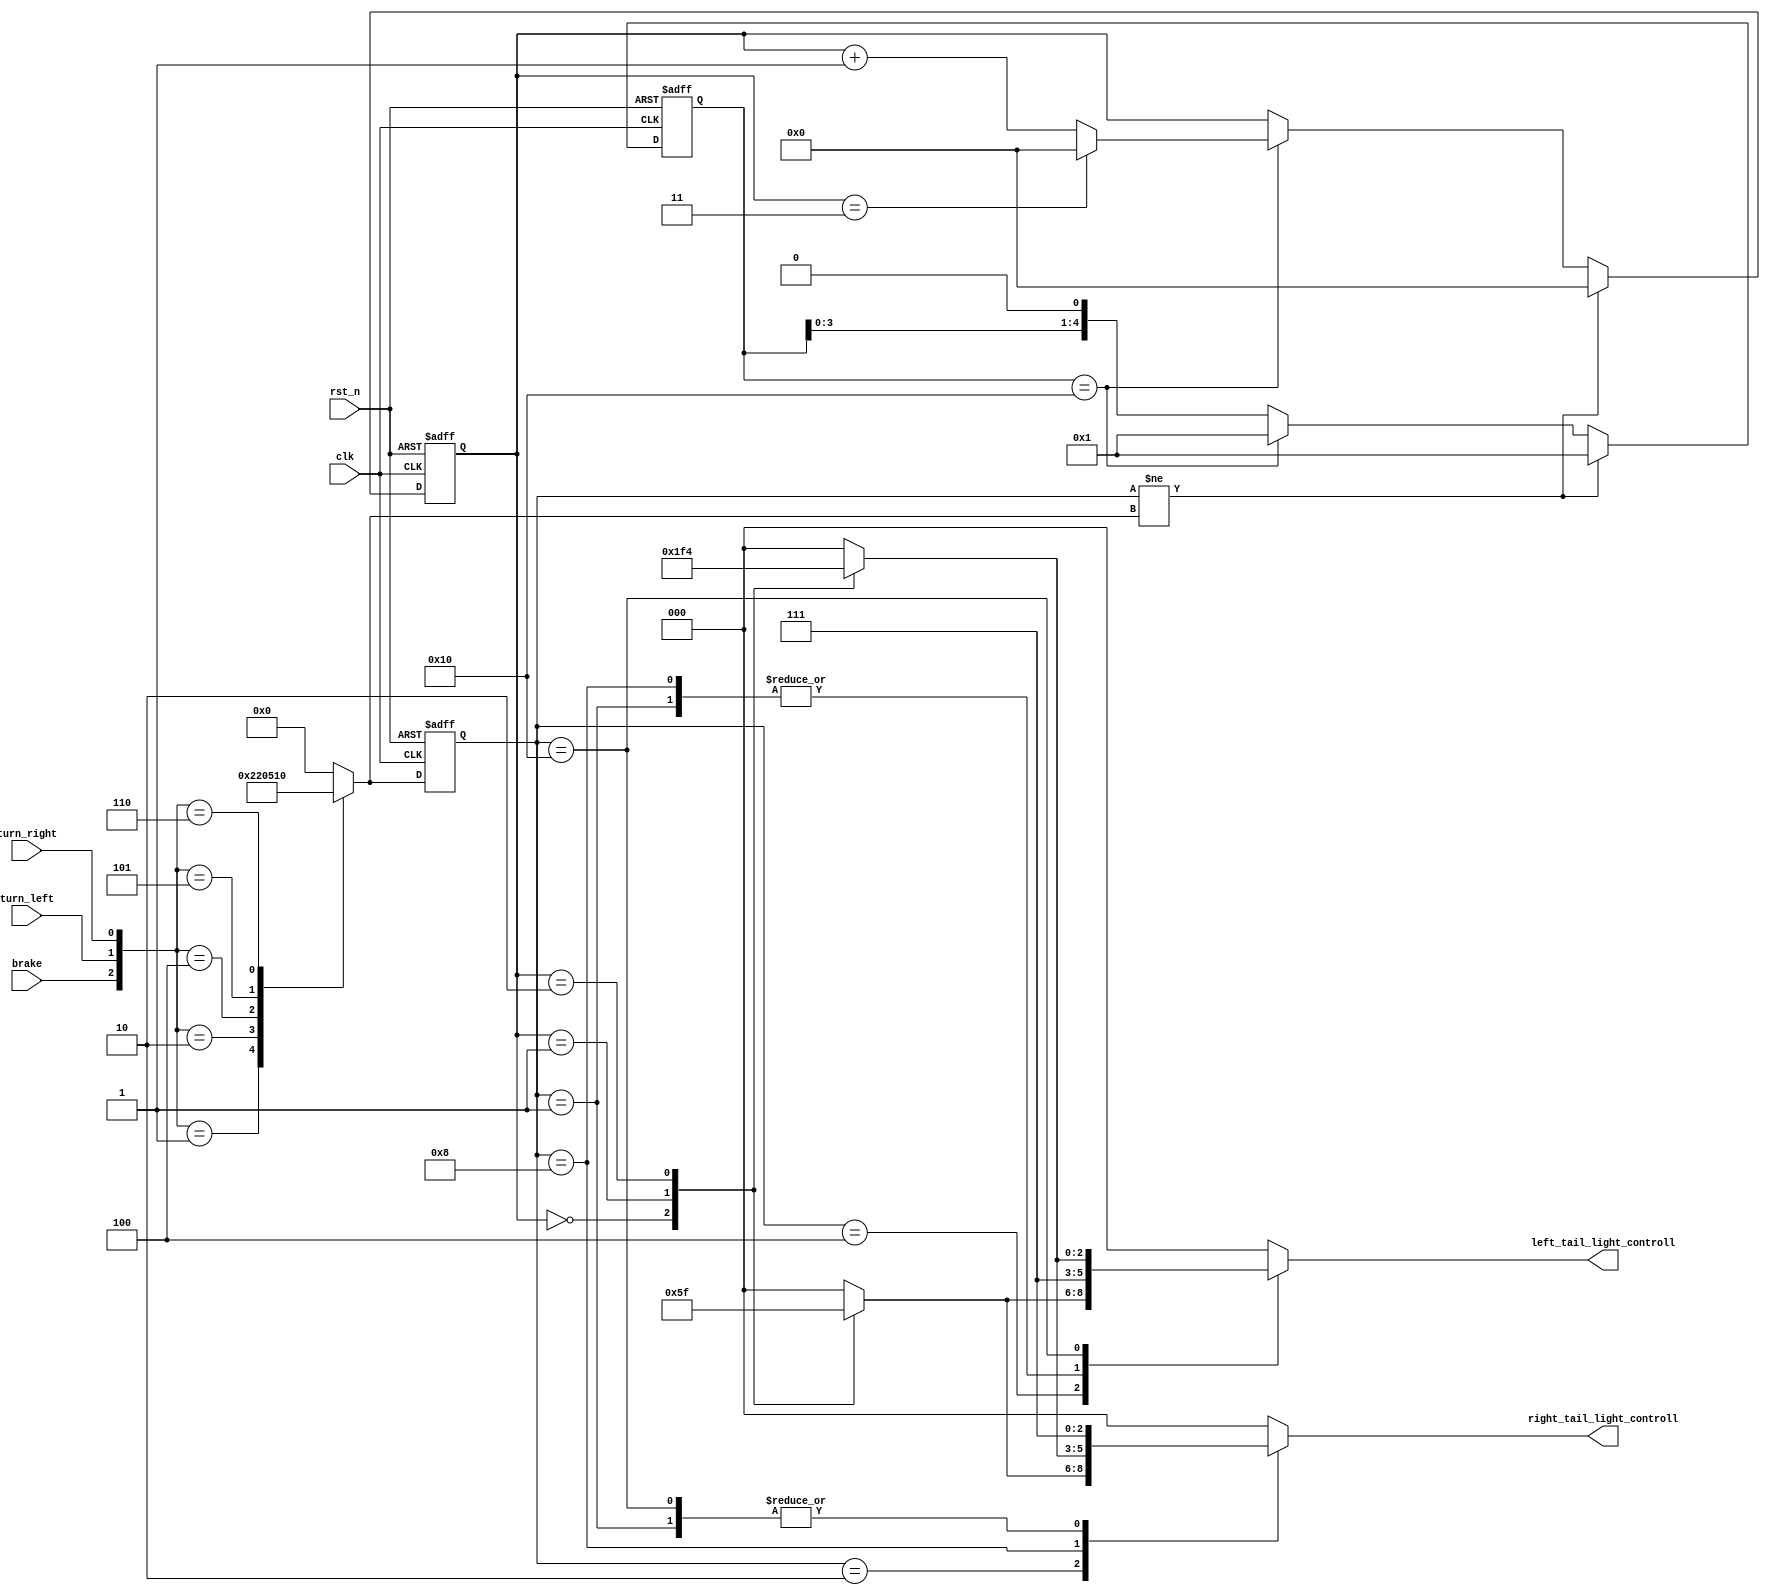
`timescale 1ns / 1ps
//////////////////////////////////////////////////////////////////////////////////
// ECE6213
// Yihui Wang 
// Taillight sequencer
// 
// 
//////////////////////////////////////////////////////////////////////////////////


module tail_light_sequencer (
    input wire clk,
    input wire rst_n,
    input wire brake,
    input wire turn_right,
    input wire turn_left,

    output reg [2:0] right_tail_light_controll = 0,
    output reg [2:0] left_tail_light_controll = 0
);

    // State defination
    parameter idle = 5'b00000;
    parameter brake_only = 5'b00001;
    parameter right_only = 5'b00010;
    parameter left_only = 5'b00100;
    parameter brake_right = 5'b01000;
    parameter brake_left = 5'b10000;

    // State registers
    reg [4:0] state = 0, next = 0;

    // stage and counter registers
    reg [3:0] stage = 4'h0; 
    reg [3:0] next_stage = 4'h0;
    reg [4:0] counter = 5'b00001;
    reg [4:0] counter_next = 5'b00001;

    // State sequential logic
    always @(posedge clk or negedge rst_n) begin
        if (rst_n == 1'b0) begin
            state <= idle;
        end
        else state <= next;
    end

    // State transition logic
    always @(*) begin
        case ({brake,turn_left,turn_right})
            3'b001: next = right_only;
            3'b010: next = left_only;
            3'b100: next = brake_only;
            3'b101: next = brake_right;
            3'b110: next = brake_left;
            default: next = idle;
        endcase
    end

    // Cycle counter
    always @(posedge clk or negedge rst_n) begin
        if (rst_n == 1'b0) begin
            counter <= 5'b00001;
        end
        else begin
            counter <= counter_next;
        end
    end

    always @(*) begin
        if (state != next) begin
            counter_next = 5'b00001;
        end
        else begin
            if (counter == 5'b10000) begin
                counter_next = 5'b00001;
            end
            else begin
                counter_next = counter << 1;
            end
        end
    end

    // Taillight stage counter
    always @(posedge clk or negedge rst_n) begin
        if (rst_n == 1'b0) begin
            stage <= 4'h0;
        end
        else begin
            stage <= next_stage;
        end
    end

    always @(*) begin
        if (state != next) begin
            next_stage = 4'h0;
        end
        else begin
            if (counter == 5'b10000) begin
                if (stage == 4'h3) begin
                    next_stage = 4'h0;
                end
                else begin
                    next_stage = stage + 4'h1;
                end
            end
            else begin
                next_stage = stage;
            end
        end
        
    end
    
    // Light output controll
    always @(*) begin
        
        case (state)

            brake_only: begin
                right_tail_light_controll = 3'b111;
                left_tail_light_controll = 3'b111;
            end

            right_only: begin
                case (stage)
                    4'h0: right_tail_light_controll = 3'b001;
                    4'h1: right_tail_light_controll = 3'b011;
                    4'h2: right_tail_light_controll = 3'b111;
                    4'h3: right_tail_light_controll = 3'b000;
                    default: right_tail_light_controll = 3'b000;
                endcase
                left_tail_light_controll = 3'b000;
            end

            left_only: begin
                case (stage)
                    4'h0: left_tail_light_controll = 3'b001;
                    4'h1: left_tail_light_controll = 3'b011;
                    4'h2: left_tail_light_controll = 3'b111;
                    4'h3: left_tail_light_controll = 3'b000;
                    default: left_tail_light_controll = 3'b000;
                endcase
                right_tail_light_controll = 3'b000;
            end

            brake_right: begin
                case (stage)
                    4'h0: right_tail_light_controll = 3'b111;
                    4'h1: right_tail_light_controll = 3'b110;
                    4'h2: right_tail_light_controll = 3'b100;
                    4'h3: right_tail_light_controll = 3'b000;
                    default: right_tail_light_controll = 3'b000;
                endcase
                left_tail_light_controll = 3'b111;
            end

            brake_left: begin
                case (stage)
                    4'h0: left_tail_light_controll = 3'b111;
                    4'h1: left_tail_light_controll = 3'b110;
                    4'h2: left_tail_light_controll = 3'b100;
                    4'h3: left_tail_light_controll = 3'b000;
                    default: left_tail_light_controll = 3'b000;
                endcase
                right_tail_light_controll = 3'b111;
            end

            default: begin
                right_tail_light_controll = 3'b0;
                left_tail_light_controll = 3'b0;
            end
    
        endcase
    end
endmodule